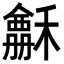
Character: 𥣃